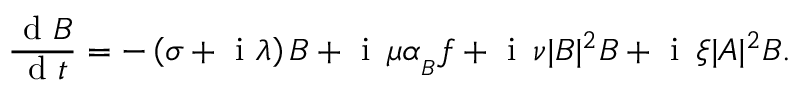
\frac { \mathrm { ~ d ~ } B } { \mathrm { ~ d ~ } t } = - \left( \sigma + \mathrm { ~ i ~ } \lambda \right) B + \mathrm { ~ i ~ } \, \mu \alpha _ { _ B } f + \mathrm { ~ i ~ } \, \nu | B | ^ { 2 } B + \mathrm { ~ i ~ } \, \xi | A | ^ { 2 } B .